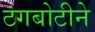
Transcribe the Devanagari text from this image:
टगबोटीने